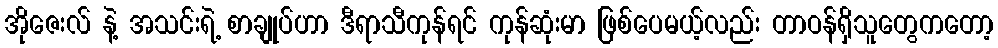
အိုဇေးလ် နဲ့ အသင်းရဲ့ စာချုပ်ဟာ ဒီရာသီကုန်ရင် ကုန်ဆုံးမာ ဖြစ်ပေမယ့်လည်း တာဝန်ရှိသူတွေကတော့